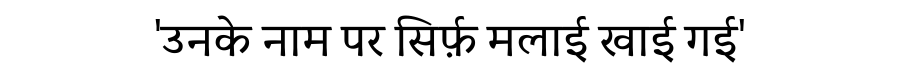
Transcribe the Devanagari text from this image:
'उनके नाम पर सिर्फ़ मलाई खाई गई'